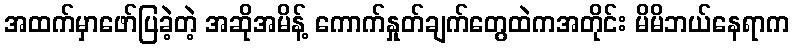
အထက်မှာဖော်ပြခဲ့တဲ့ အဆိုအမိန့် ကောက်နှုတ်ချက်တွေထဲကအတိုင်း မိမိဘယ်နေရာက